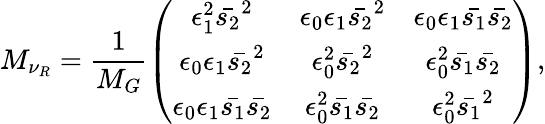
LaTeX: M_{\nu_{R}}=\frac{1}{M_{G}}\left(\begin{array}{ccc}{{\epsilon_{1}^{2}\bar{s_{2}}^{2}}}&{{\epsilon_{0}\epsilon_{1}\bar{s_{2}}^{2}}}&{{\epsilon_{0}\epsilon_{1}\bar{s_{1}}\bar{s_{2}}}}\\ {{\epsilon_{0}\epsilon_{1}\bar{s_{2}}^{2}}}&{{\epsilon_{0}^{2}\bar{s_{2}}^{2}}}&{{\epsilon_{0}^{2}\bar{s_{1}}\bar{s_{2}}}}\\ {{\epsilon_{0}\epsilon_{1}\bar{s_{1}}\bar{s_{2}}}}&{{\epsilon_{0}^{2}\bar{s_{1}}\bar{s_{2}}}}&{{\epsilon_{0}^{2}\bar{s_{1}}^{2}}}\end{array}\right),